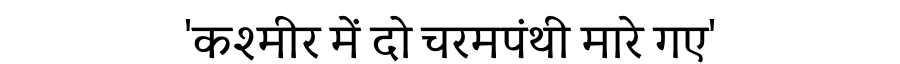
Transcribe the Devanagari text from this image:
'कश्मीर में दो चरमपंथी मारे गए'